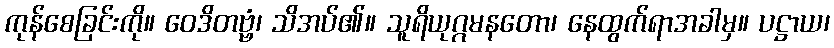
ကုန်စေခြင်းကို။ ဝေဒိတဗ္ဗံ၊ သိအပ်၏။ သူရိယုဂ္ဂမနတော၊ နေထွက်ရာအခါမှ။ ပဋ္ဌာယ၊